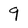
Character: 9